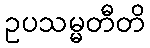
ဥပသမ္မတီတိ